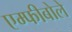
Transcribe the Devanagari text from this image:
एम्फीबोले